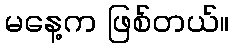
မနေ့က ဖြစ်တယ်။